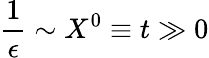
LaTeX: \frac{1}{\epsilon}\sim X^{0}\equiv t\gg 0